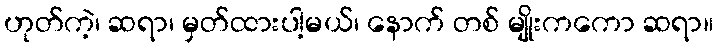
ဟုတ်ကဲ့၊ ဆရာ၊ မှတ်ထားပါ့မယ်၊ နောက် တစ် မျိုးကကော ဆရာ။